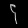
Digit: ၄